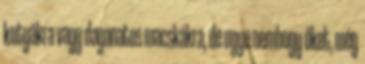
kutyákra vagy daganatos macskákra, de ugye nemhogy őket, még